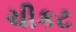
ચીકટ